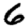
Digit: 6